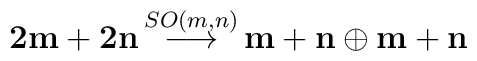
{\bf {2m+2n}} \, {\stackrel{SO(m,n)}{\longrightarrow}} \, {\bf { m+n}}\oplus  {\bf { m+n}}